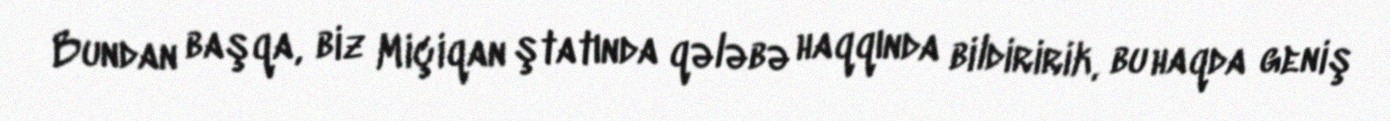
Bundan başqa, biz Miçiqan ştatında qələbə haqqında bildiririk, bu haqda geniş